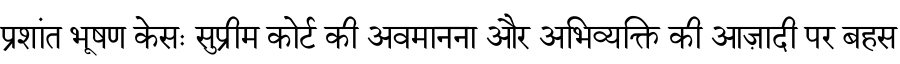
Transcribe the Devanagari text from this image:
प्रशांत भूषण केसः सुप्रीम कोर्ट की अवमानना और अभिव्यक्ति की आज़ादी पर बहस